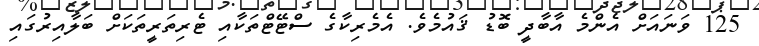
125 ވަނައަށް އެންމެ އާބާދީ ބޮޑު ޤައުމެވެ. އެމެރިކާގެ ސްޓޭޓްތަކާއި ޓެރިތަރީތަކަށް ބަލާއިރުގައި